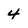
Character: 4